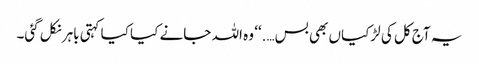
یہ آج کل کی لڑکیاں بھی بس….‘‘ وہ اللہ جانے کیا کیا کہتی باہر نکل گئی۔